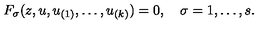
F _ { \sigma } ( z , u , u _ { ( 1 ) } , \ldots , u _ { ( k ) } ) = 0 , \quad \sigma = 1 , \ldots { } , s .